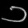
Digit: ၁